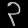
Digit: ၃